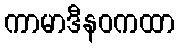
ကာမာဒီနဝကထာ